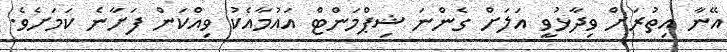
އޭނާ އިތުރަށް ވިދާޅުވީ އަލަށް ގެންނަ ޝިޕްމަންޓް އައުމާއެކު ވިއްކަން ފަށާނެ ކަމަށެވެ.